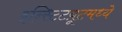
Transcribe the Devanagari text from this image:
इन्स्टिटय़ूटमध्ये